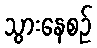
သွားနေစဉ်